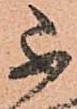
不